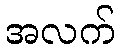
အလက်